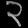
Digit: ၃